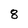
Character: 8